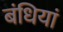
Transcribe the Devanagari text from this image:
बंधियां